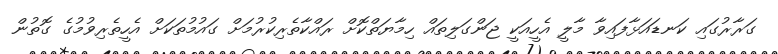
ގަރާރުގައި ކަނޑައަޅާފައިވާ މާލީ އެހީއަކީ ޖަންގަލިތައް ހިމާޔަތްކޮށް ރައްކާތެރިކުރުމަށް ގައުމުތަކަށް އެހީތެރިވުމުގެ ގޮތުން